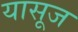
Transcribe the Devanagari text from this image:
यासूज